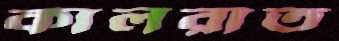
কালরাত